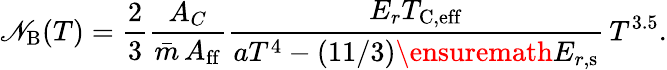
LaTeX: \mathscr{N}_{\mathrm{{B}}}(T)=\frac{{2}}{{3}}\frac{{A_{C}}}{{\bar{{m}}\, A_{\mathrm{{ff}}}}}\frac{{E_{r}T_{\mathrm{{C,eff}}}}}{{aT^{4}-(11/3)\ensuremath{{E_{r,\mathrm{{s}}}}}}}\, T^{3.5}.